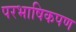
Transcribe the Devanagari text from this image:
परभाषिकपण